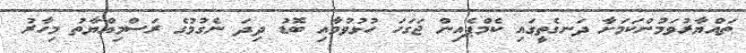
ތައްޔާރުވަމުންކަމަށާ ދަނގެތީގައި ކެމްޕެއިން ޖަގަހަ ހުޅުވުމާއި ބޮޑު ދިދަ ނެގުމުގެ ރަސްމިއްޔާތު މިހާރު